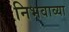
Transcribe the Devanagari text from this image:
निभवाव्या